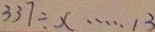
3 3 7 \div x \cdots 1 3